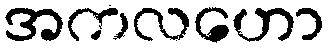
အကလဟော